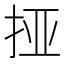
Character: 挜